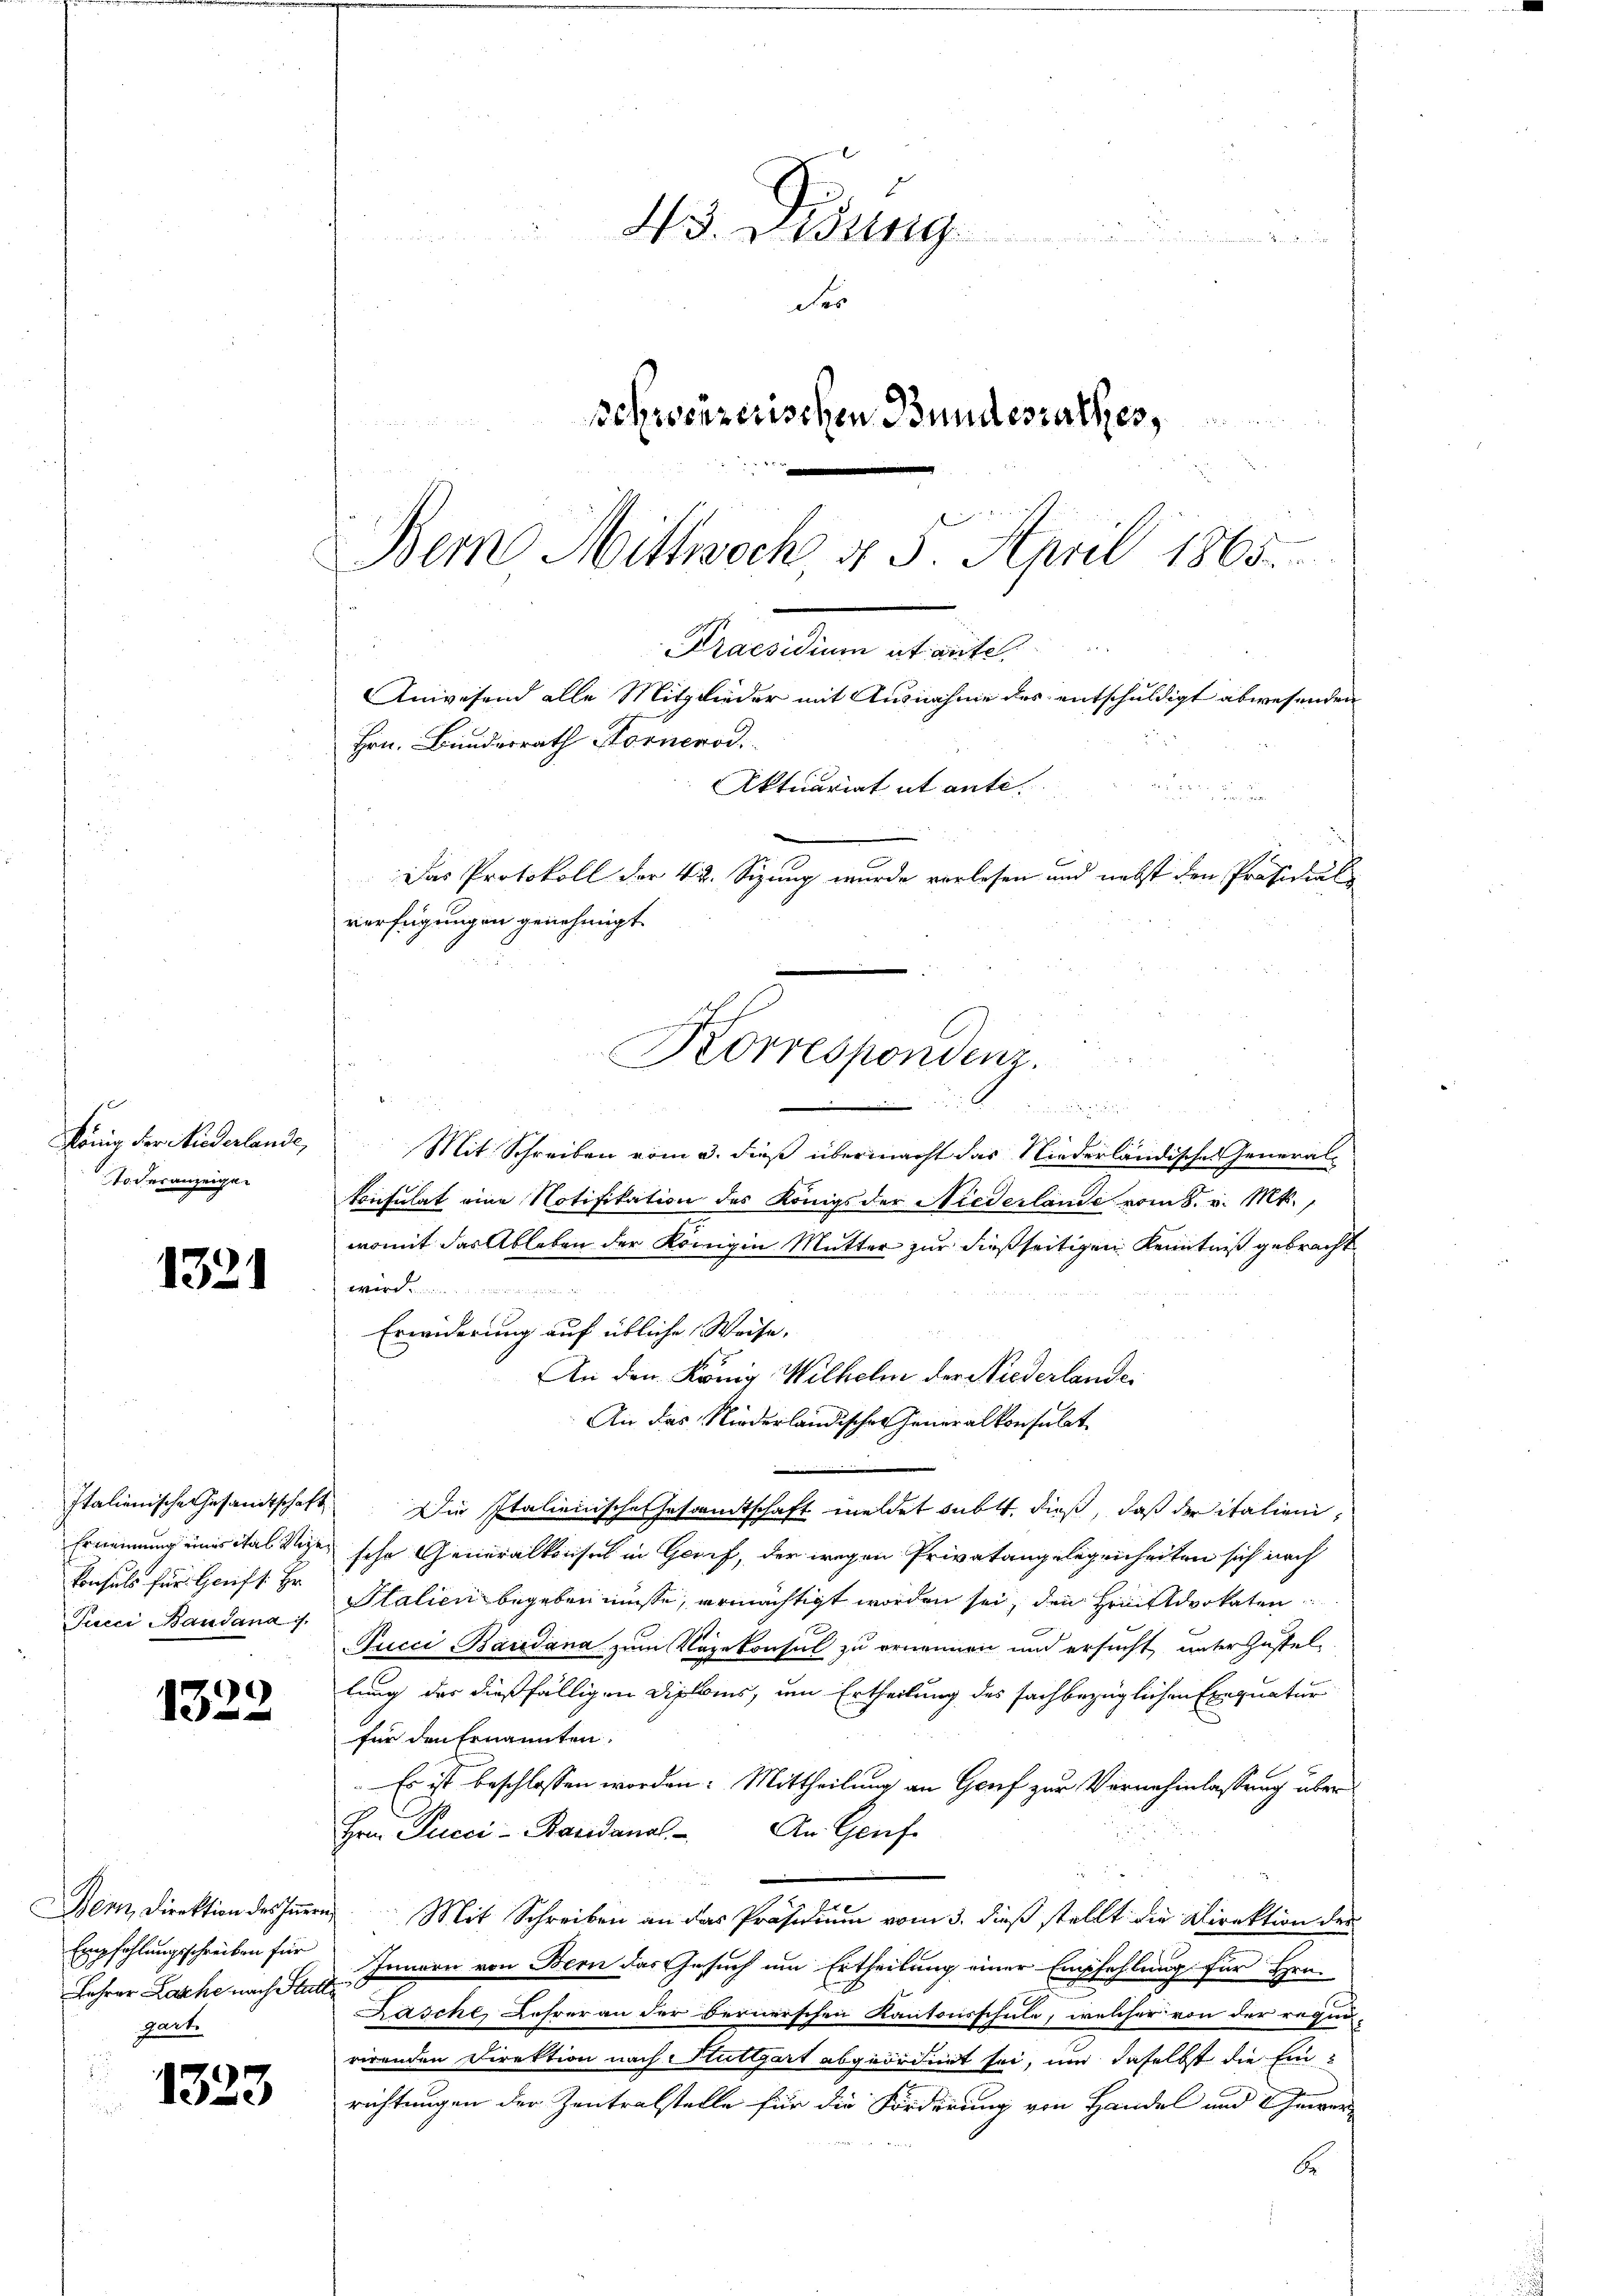
König der Niederlande,
Todesanzeigen

1321

Italienische Gesandtschaft
Ernennung eines das Rege
konsuls für Greift. Er
Pucci Baudana is

e
13

Denn, Direktion des Inner
Empfehlungsschreiben für
Lehrer Lache nach Stutz
geante

1323

43. Didung
mden der Kamer
des
schreizerischen Bundesrathes,
 x

Bern Mittwoch, § 3. April 1865.
Praesidium et aute
Anwesend alle Mitglieder mit Ausnahme des entschuldigt abwesenden
Hrn. Bundesrath Fornerod.
Aktuariat et ante.

Das Protokoll der 42. Sizung wurde verlesen und nebst den Präsidial
verfügungen genehmigt.
Korrespondenz.

1
Mit Schreiben vom 3. dieß übermacht das Niederländische General-
Consulat eine Notifikation des Königs der Niederlande vom 8. v. Mts.,
womit das Ableben der Königin Mutter zur dießseitigen Kenntniß gebracht
werd
Erwiderung auf übliche Weise.
An den König Wilhelm der Niederlander
An das Niederländischer jeneralkonsulat
Die Italienische Gesamtschaft meldet subt, dieß, daß der italienisehr Generalkonsen in Gerif, der wegen Privatangelegenheiten sich nach
Stalien begeben müsse, ermächtigt worden sei, den Hinttdvokaten
Jucci Baudana zum Vizekonsul zu ernennen und ersucht unterzustel
lung der dießfälligen Diploms, um Ertheilung des fachbezüglichen Exequatur
für den Ernannten,
 Es ist beschlossen worden. Mittheilung an Gruf zur Vernehmlassung über
An Genf
Hrn. Pucci-Bandandl
 Mit Schreiben an das Präsidium vom 3. dieß stellt die Direktion der
Innern von Bern das Gesuch um Ertheilung einer Empfehlung für Hrn.
Pascht, Lehrer an der Bernerschen Kantonsschule, welcher von der regno-
rirenden Direktion nach Stuttgart abgeordnet sei, und daselbst die Einrichtungen der Zentralstelle für die Forderung von Handel und Gewerbe